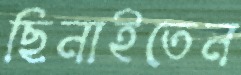
ছিনাইতেন